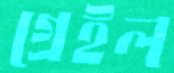
গ্রেইল